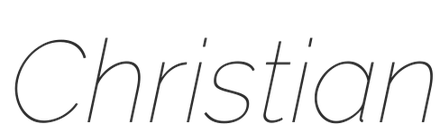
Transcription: Christian